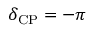
\delta _ { \mathrm { C P } } = - \pi